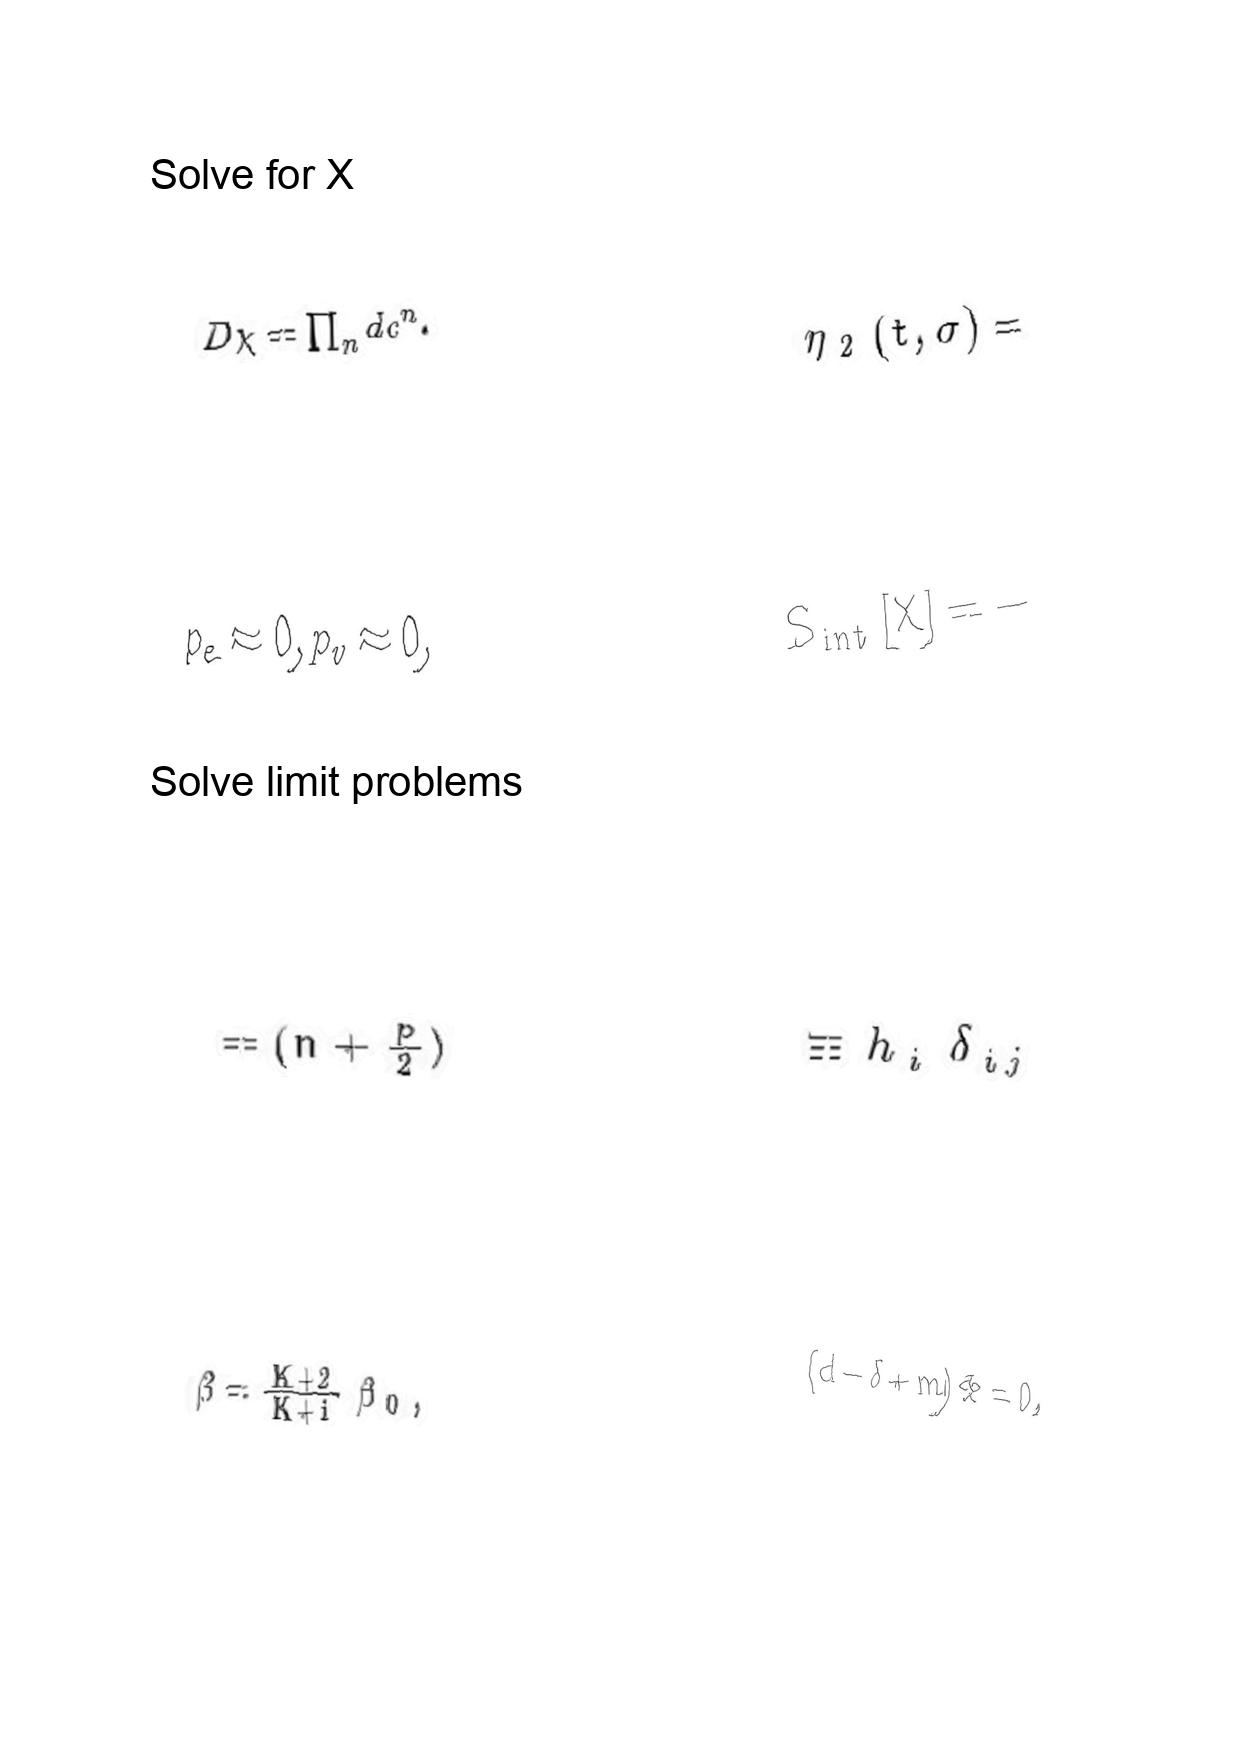
LaTeX transcription:
D \chi = \prod _ { n } d c ^ { n } .
p _ { e } \approx 0 , p _ { v } \approx 0 ,
= \lparen n + \frac { p } { 2 } \rparen
\beta = \frac { K + 2 } { K + 1 } \beta _ { 0 } ,
\eta _ { 2 } \lparen t , \sigma \rparen =
S _ { \mathrm { i n t } } \lbrack X \rbrack = -
\equiv h _ { i } \delta _ { i j }
\lparen d - \delta + m \rparen \Phi = 0 ,